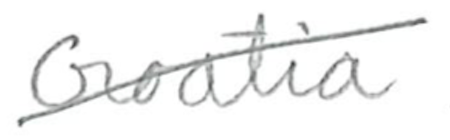
Text: Croatia
Cross-out: diagonal
Writing tool: pencil